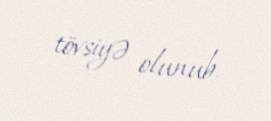
tövsiyə olunub.